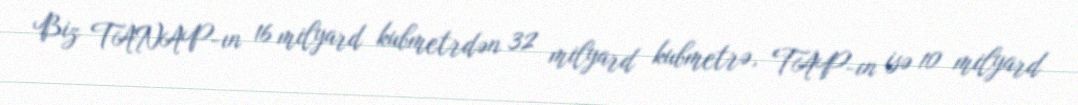
Biz TANAP-ın 16 milyard kubmetrdən 32 milyard kubmetrə, TAP-ın isə 10 milyard